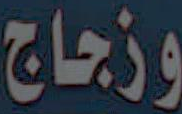
وزجاج